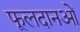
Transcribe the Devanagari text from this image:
फूलदानओं